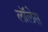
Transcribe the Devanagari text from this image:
लाॅलेस़